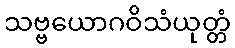
သဗ္ဗယောဂဝိသံယုတ္တံ